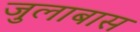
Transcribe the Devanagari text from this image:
जुलाबास